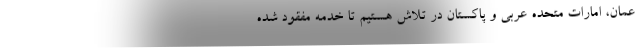
عمان، امارات متحده عربی و پاکستان در تلاش هستیم تا خدمه مفقود شده